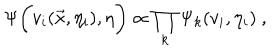
\Psi \biggl ( v _ { i } ( \vec { x } , \eta _ { i } ) , \eta \biggr ) \propto \prod _ { k } \Psi _ { k } ( v _ { i } , \eta _ { i } ) ~ ,